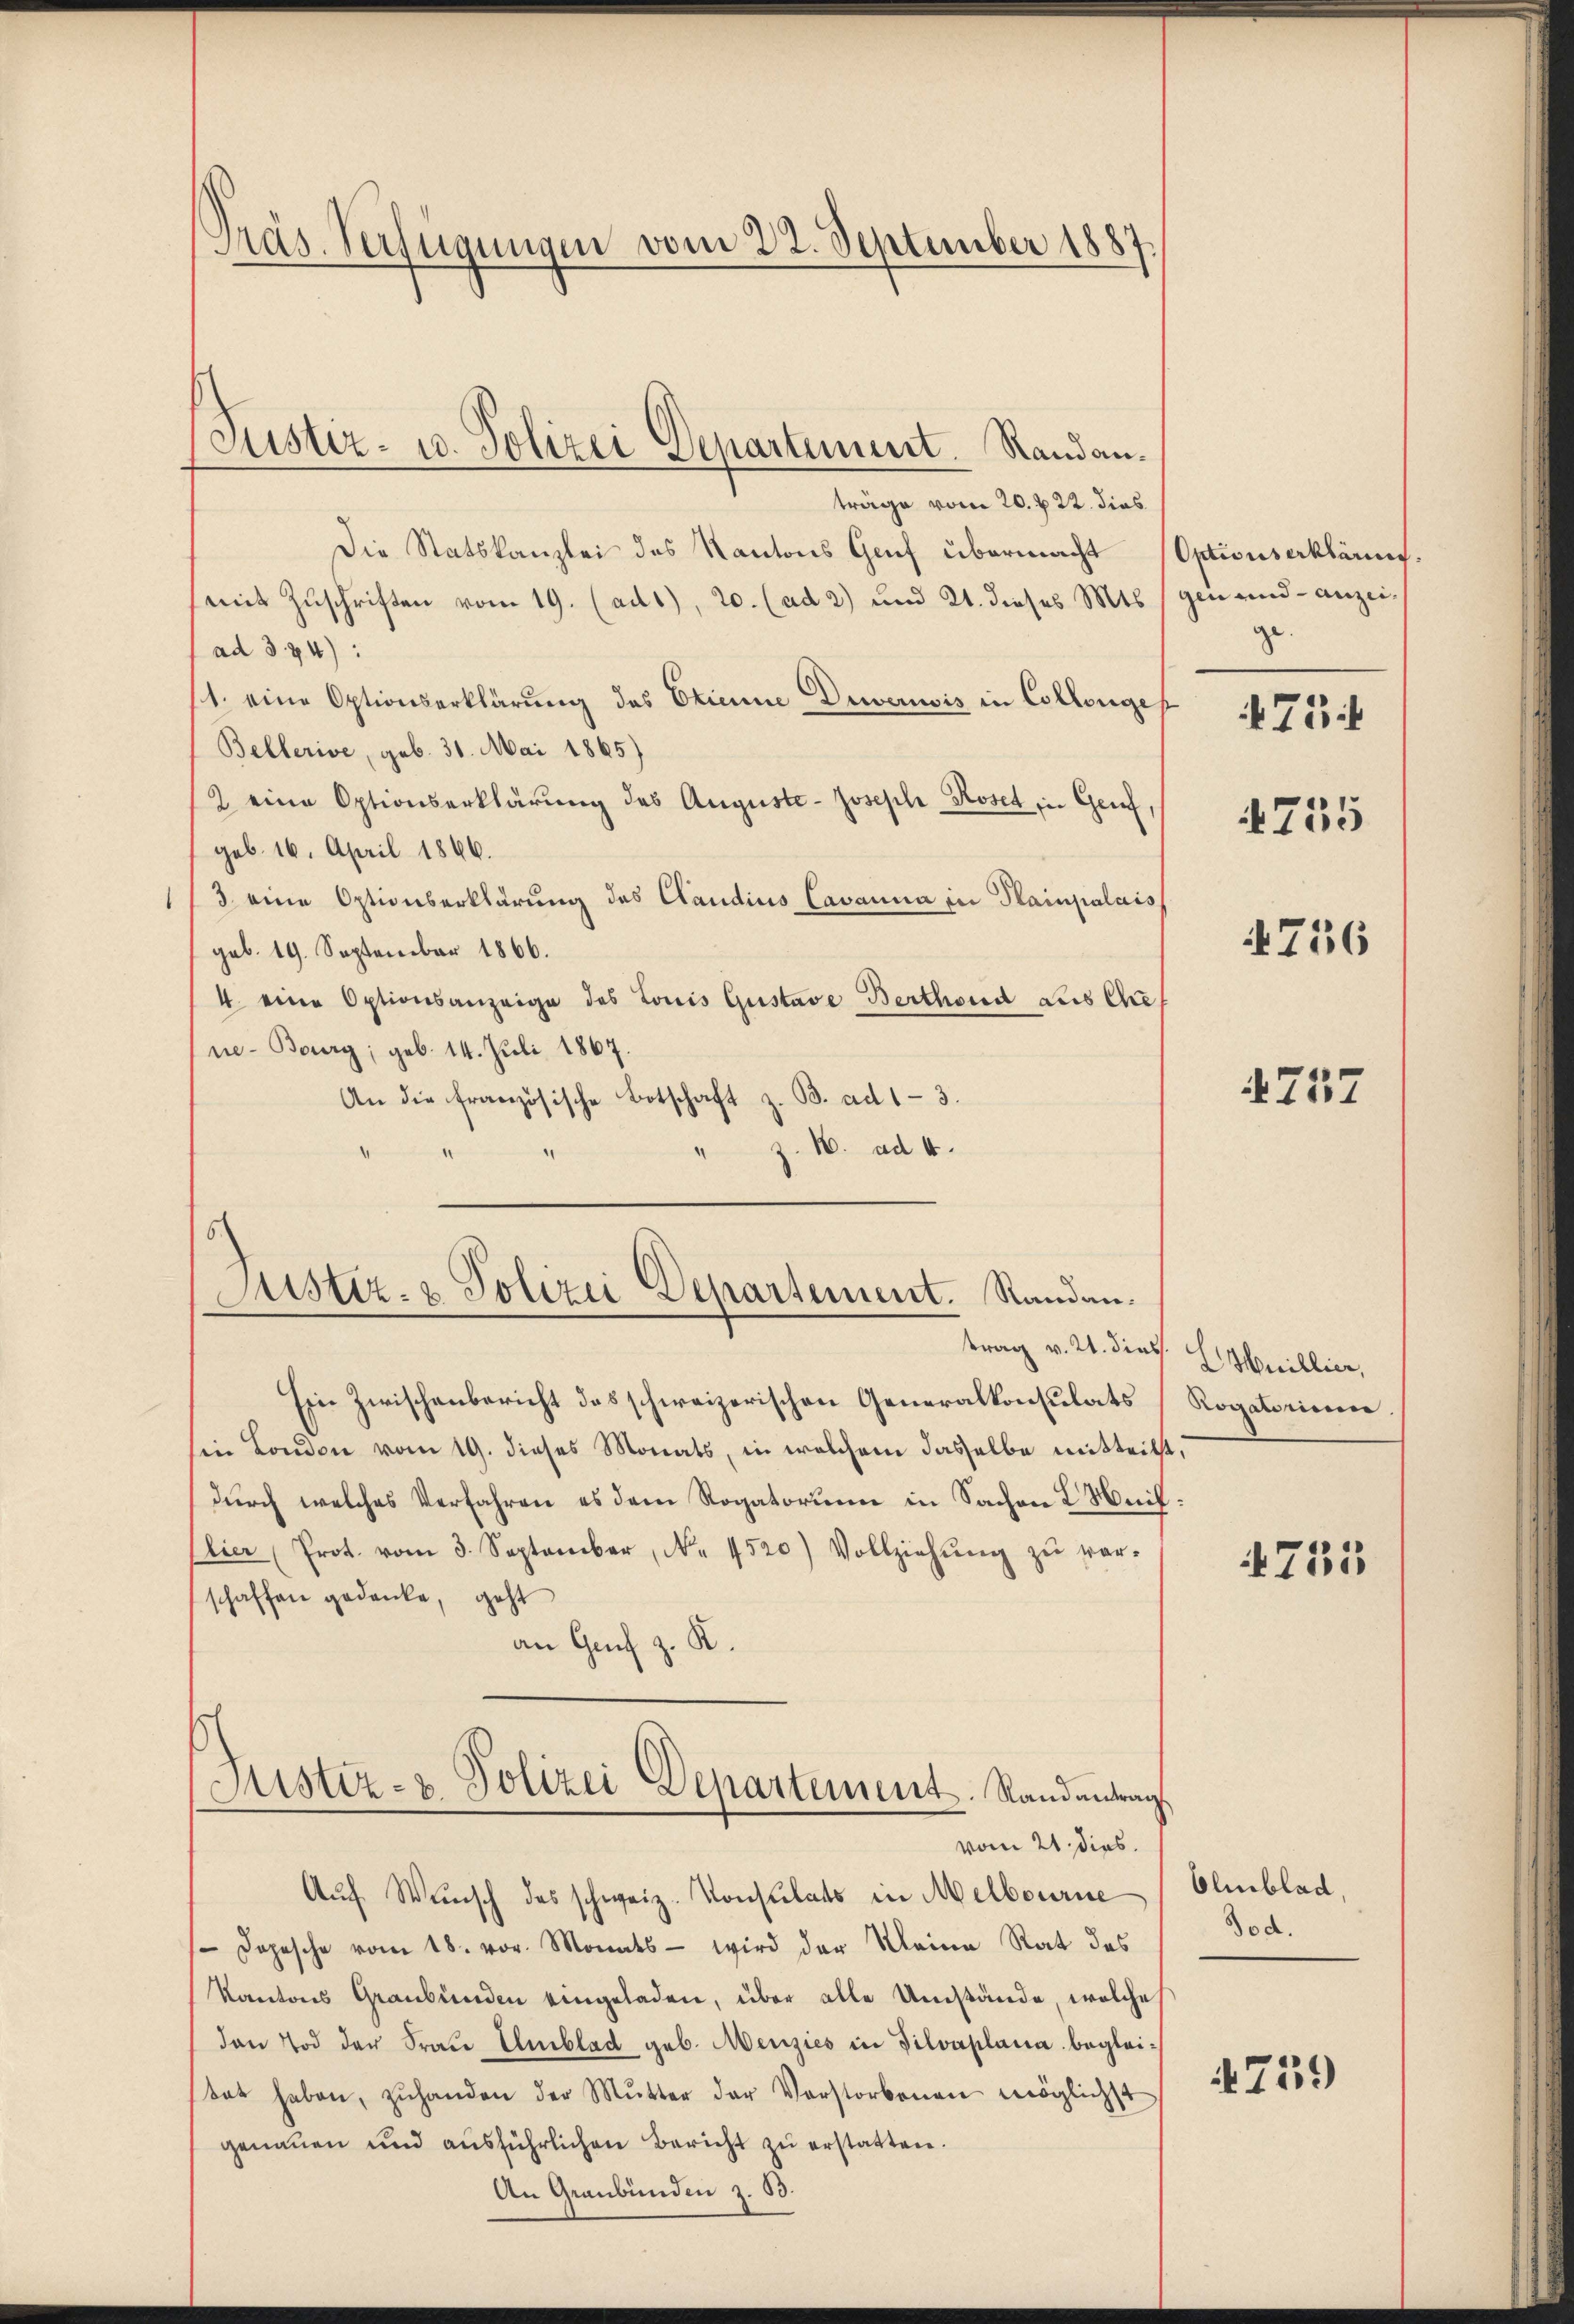
Präs. Verfügungen vom 22. September 1887.

Justiz- 10. Polizei Departement. Standan¬

träge vom 20. v. 22. dies
Die Statskanzlei des Kantons Genf übermacht Optionserklärus.
mit Zuschriften vom 19. (ads), 20. (ad 2) und 21. dieses Mts. gen und anzeiad 374):
1. eine Optionserklärung des Etienne Diversis in Collenges
Bellerive, geb. 31. Mai 1865)
2 eine Optionserklärung des Auguste- Joseph Roset in Genf,
geb. 16. April 1866.
3 eine Optionserklärung des Claudius Cavanna in Hainpalais
geb. 19. September 1866.
4 eine Optionsanzeige des Louis Gustave Berthond aus Che
ne- Bourg; geb. 14. Juli 1867.
An die französische Botschaft z. B. ad 1-3.
z. N. ad 4.
Justiz- & Polizei Departement. Standau.
trag v. 24. dies Heillier,
Ein Zwischenbericht des schweizerischen Generalkonsulats
sin London vom 19. dieses Monats, in welchem dasselbe mitteilt,
durch welches Verfahren es dem Rogatorum in Sachen L. Neif¬
Elier (Prot. vom 3. September, No. 4520) Vollziehŭng zŭ ver-
schaffen gedanke, geht
an Genf z. K.
Justiz- & Polizei Departement. Stand antrag.
vom 21. dies
Auf Wunsch des schweiz. Konsulats in Melbourne
Dopesche vom 18. vor. Monats - wird der Meine Rat des
Kantons Graubünden eingeladen, über alle Umstände, welche
den Tod der Fraŭ Umblad geb. Menzies in Silvaplana begleitet haben, zŭhanden der Mŭtter der Verstorbenen möglichst
genauen und ausführlichen Bericht zu erstatten.
An Graubünden z. 53.

ge.
4755

75

756

4757

Rogatorium.

4735

Olmblad,
Jod.

4739